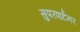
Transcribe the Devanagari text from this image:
सुपरपार्टनर